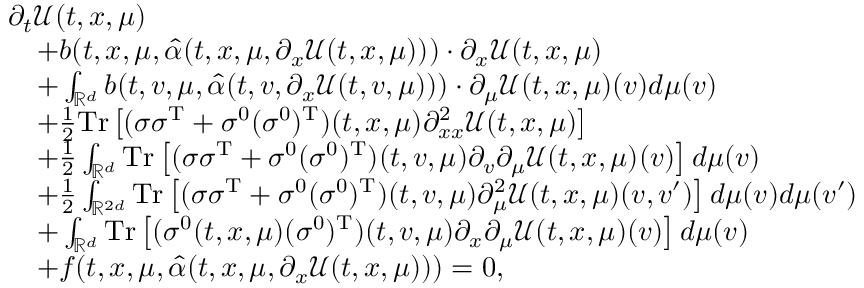
\begin{array} { r l } & { \partial _ { t } \mathcal { U } ( t , x , \mu ) } \\ & { \quad + b ( t , x , \mu , \hat { \alpha } ( t , x , \mu , \partial _ { x } \mathcal { U } ( t , x , \mu ) ) ) \cdot \partial _ { x } \mathcal { U } ( t , x , \mu ) } \\ & { \quad + \int _ { \mathbb { R } ^ { d } } b ( t , v , \mu , \hat { \alpha } ( t , v , \partial _ { x } \mathcal { U } ( t , v , \mu ) ) ) \cdot \partial _ { \mu } \mathcal { U } ( t , x , \mu ) ( v ) d \mu ( v ) } \\ & { \quad + \frac { 1 } { 2 } \mathrm { T r } \left[ ( \sigma \sigma ^ { \operatorname { T } } + \sigma ^ { 0 } ( \sigma ^ { 0 } ) ^ { \operatorname { T } } ) ( t , x , \mu ) \partial _ { x x } ^ { 2 } \mathcal { U } ( t , x , \mu ) \right] } \\ & { \quad + \frac { 1 } { 2 } \int _ { \mathbb { R } ^ { d } } \mathrm { T r } \left[ ( \sigma \sigma ^ { \operatorname { T } } + \sigma ^ { 0 } ( \sigma ^ { 0 } ) ^ { \operatorname { T } } ) ( t , v , \mu ) \partial _ { v } \partial _ { \mu } \mathcal { U } ( t , x , \mu ) ( v ) \right] d \mu ( v ) } \\ & { \quad + \frac { 1 } { 2 } \int _ { \mathbb { R } ^ { 2 d } } \mathrm { T r } \left[ ( \sigma \sigma ^ { \operatorname { T } } + \sigma ^ { 0 } ( \sigma ^ { 0 } ) ^ { \operatorname { T } } ) ( t , v , \mu ) \partial _ { \mu } ^ { 2 } \mathcal { U } ( t , x , \mu ) ( v , v ^ { \prime } ) \right] d \mu ( v ) d \mu ( v ^ { \prime } ) } \\ & { \quad + \int _ { \mathbb { R } ^ { d } } \mathrm { T r } \left[ ( \sigma ^ { 0 } ( t , x , \mu ) ( \sigma ^ { 0 } ) ^ { \operatorname { T } } ) ( t , v , \mu ) \partial _ { x } \partial _ { \mu } \mathcal { U } ( t , x , \mu ) ( v ) \right] d \mu ( v ) } \\ & { \quad + f ( t , x , \mu , \hat { \alpha } ( t , x , \mu , \partial _ { x } \mathcal { U } ( t , x , \mu ) ) ) = 0 , } \end{array}